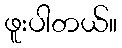
ဖူးပါတယ်။